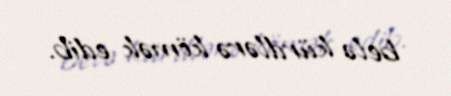
belə kürdlərə kömək edib.